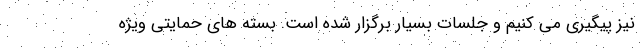
نیز پیگیری می کنیم و جلسات بسیار برگزار شده است. بسته های حمایتی ویژه